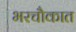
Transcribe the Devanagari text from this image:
भरचौकात